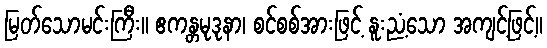
မြတ်သောမင်းကြီး။ ဧကန္တမုဒုနာ၊ စင်စစ်အားဖြင့် နူးညံ့သော အကျင့်ဖြင့်။